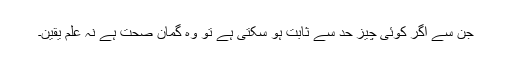
جن سے اگر کوئی چیز حد سے ثابت ہو سکتی ہے تو وہ گمانِ صحت ہے نہ علمِ یقین۔